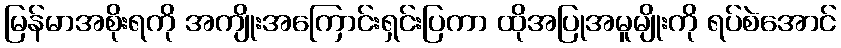
မြန်မာအစိုးရကို အကျိုးအကြောင်းရှင်းပြကာ ထိုအပြုအမူမျိုးကို ရပ်စဲအောင်